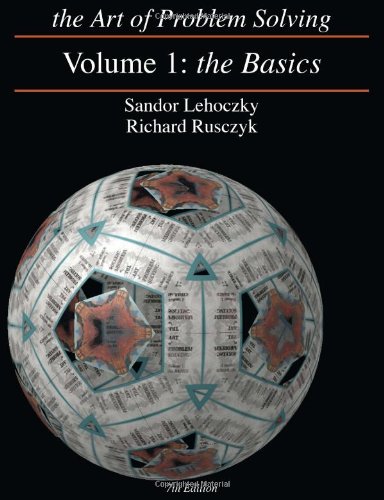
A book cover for The Art of Problem Solving, Vol. 1: The Basics; Sandor Lehoczky; Education & Teaching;